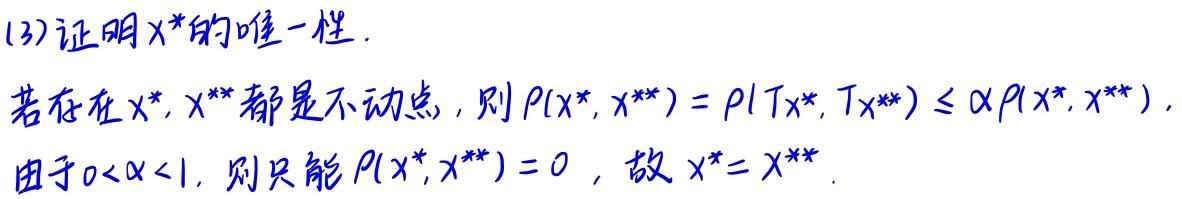
(3)证明$x^*$的唯一性.

若存在$x^*,x^{**}$都是不动点, 则$\rho(x^*,x^{**})=\rho(Tx^*,Tx^{**})\leq \alpha\rho(x^*,x^{**})$,
由于$0<\alpha<1$, 则只能$\rho(x^*,x^{**}) = 0$, 故$x^*=x^{**}$.